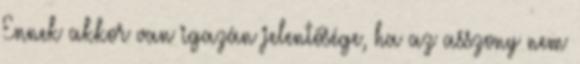
Ennek akkor van igazán jelentősége, ha az asszony nem